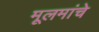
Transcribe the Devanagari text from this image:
मूलमांचे